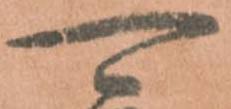
可